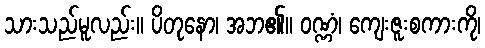
သားသည်မူလည်း။ ပိတုနော၊ အဘ၏။ ဝဏ္ဏံ၊ ကျေးဇူးစကားကို၊